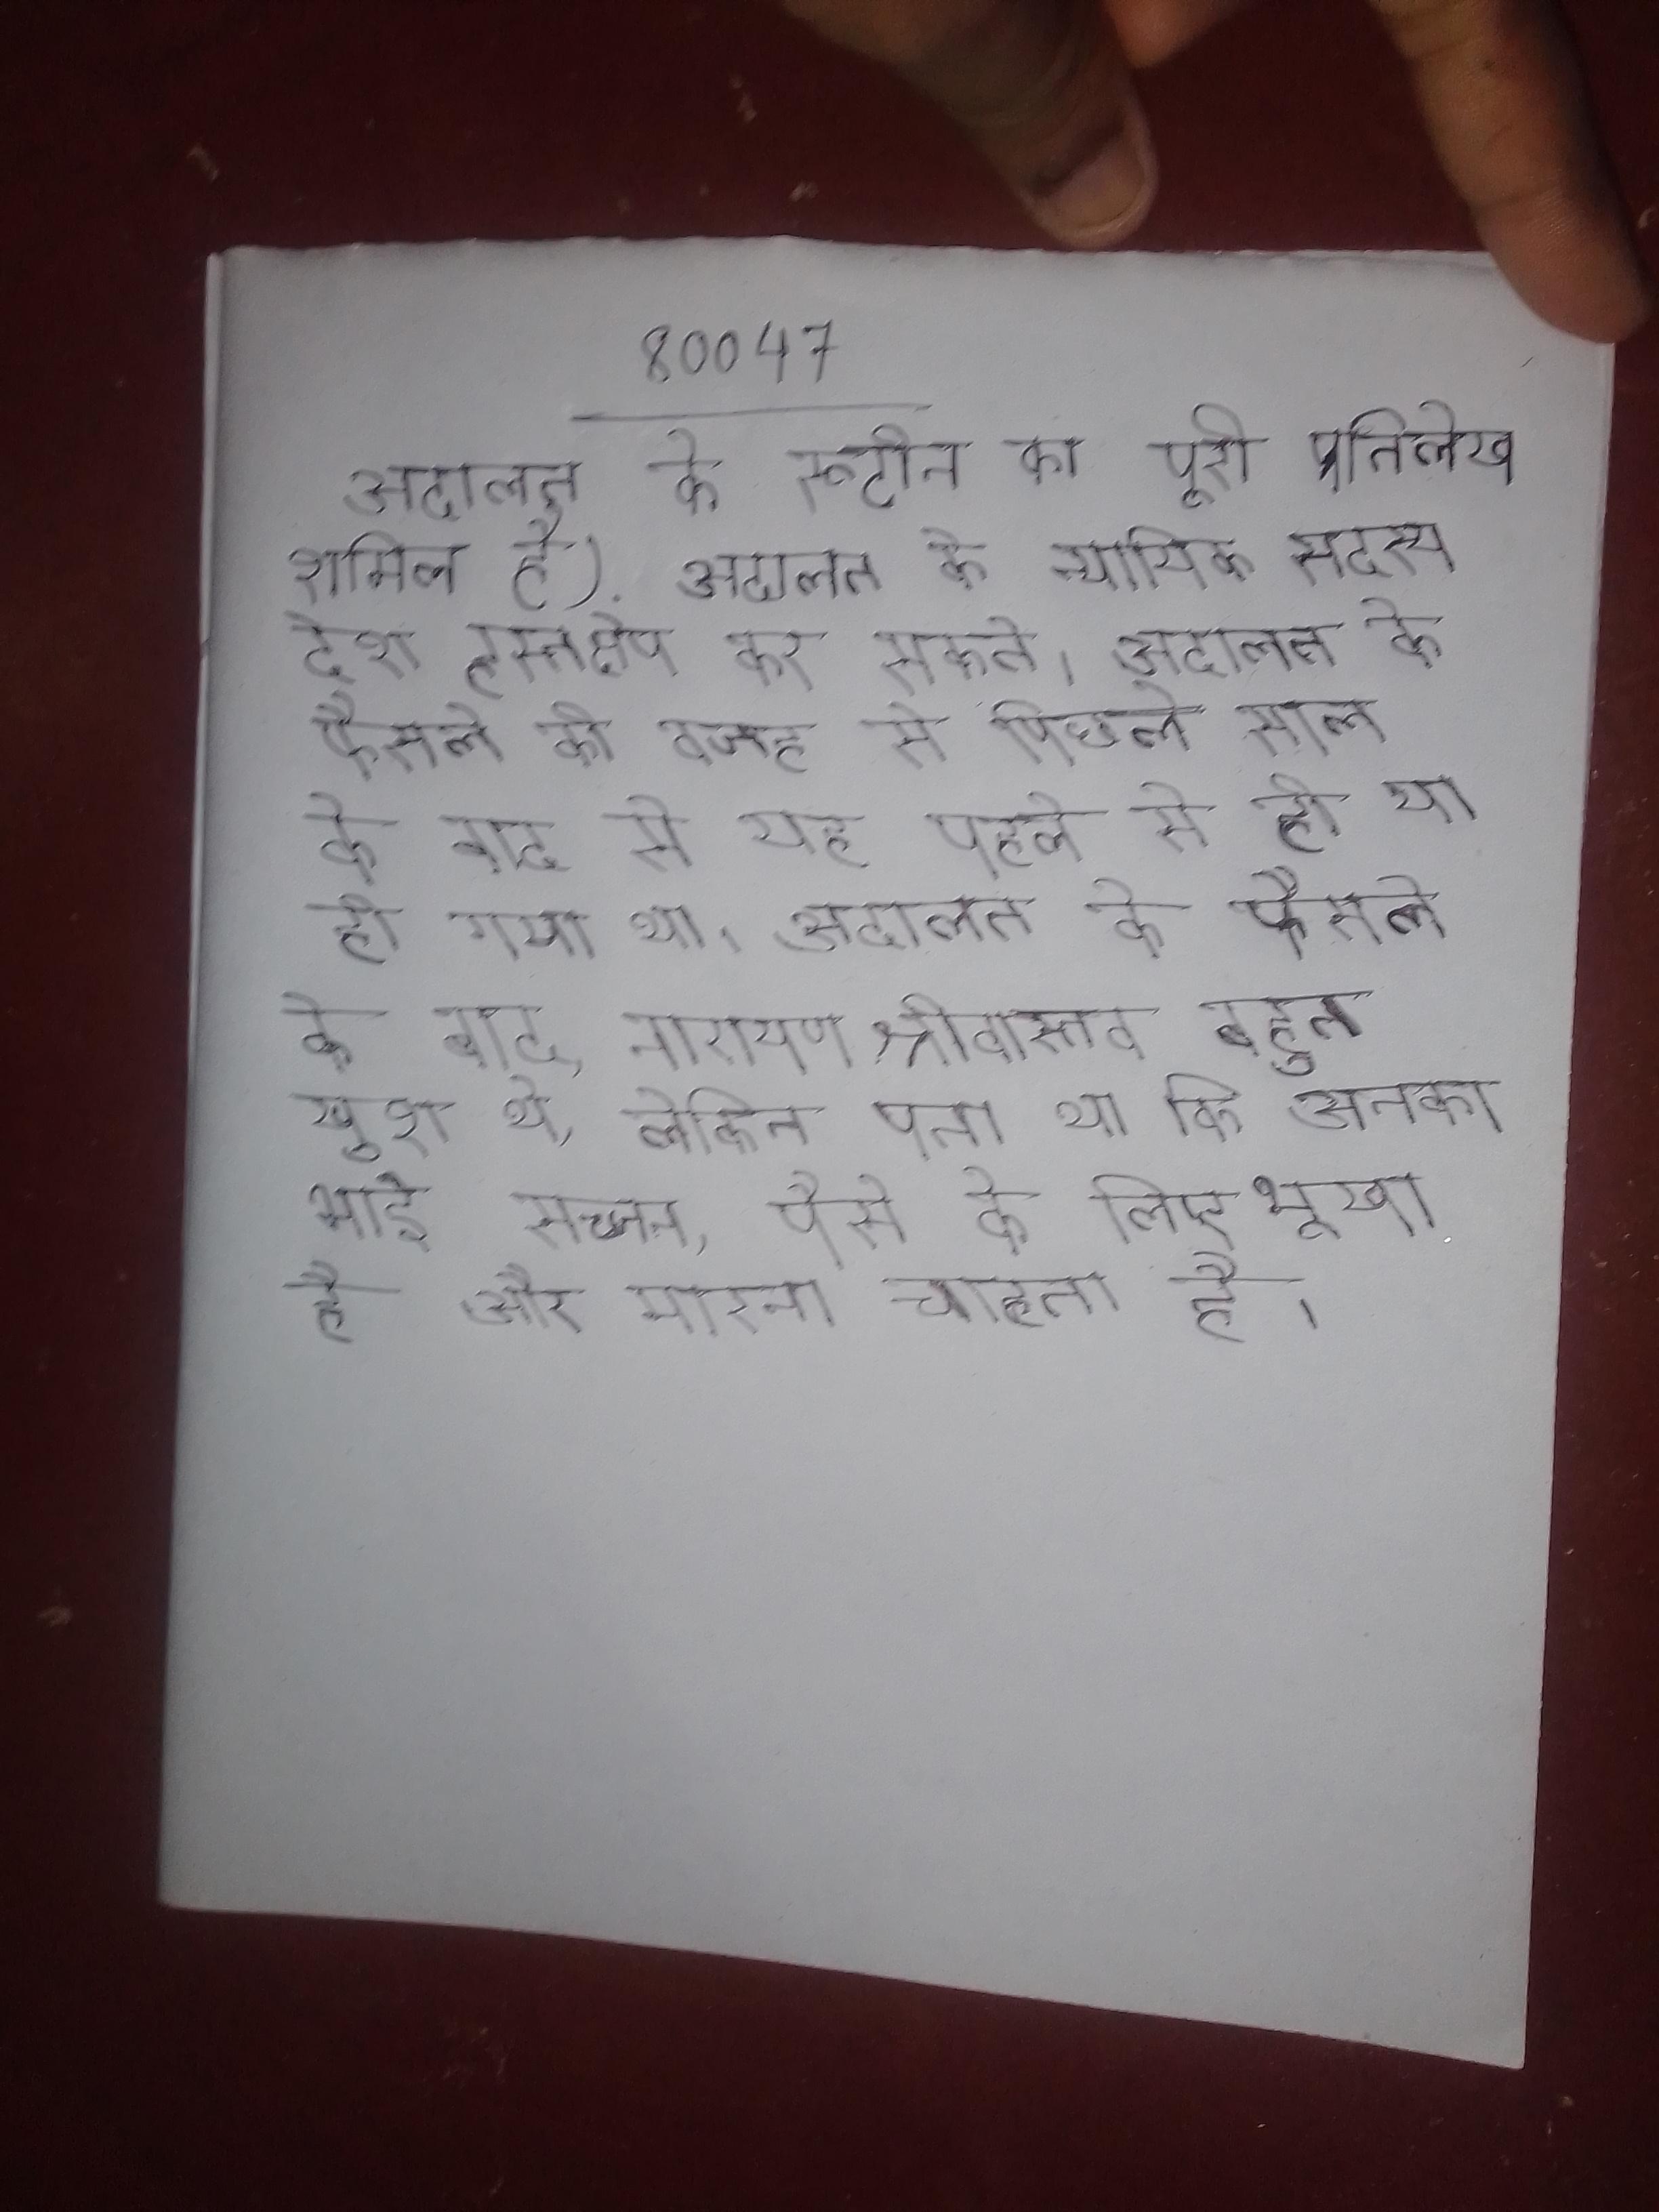
अदालत के रूटीन का पूरी प्रतिलेख शामिल है) . अदालत के न्यायिक सदस्य देश हस्तक्षेप कर सकते । अदालत के फैसले की वजह से पिछले साल के बाद से यह पहले से ही या हो गया था । अदालत के फैसले के बाद, नारायण श्रीवास्तव बहुत खुश थे, लेकिन पता था कि उनका भाई सज्जन, पैसे के लिए भूखा है और मारना चाहता है ।